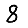
Digit: 8